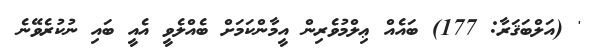
' (އަލްބަޤަރާ: 177) ބައެއް ޢިލްމުވެރިން އީމާންކަމަށް ބެއްލެވީ އެއީ ބައި ނުކުރެވޭނެ